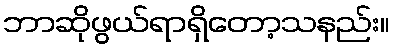
ဘာဆိုဖွယ်ရာရှိတော့သနည်း။